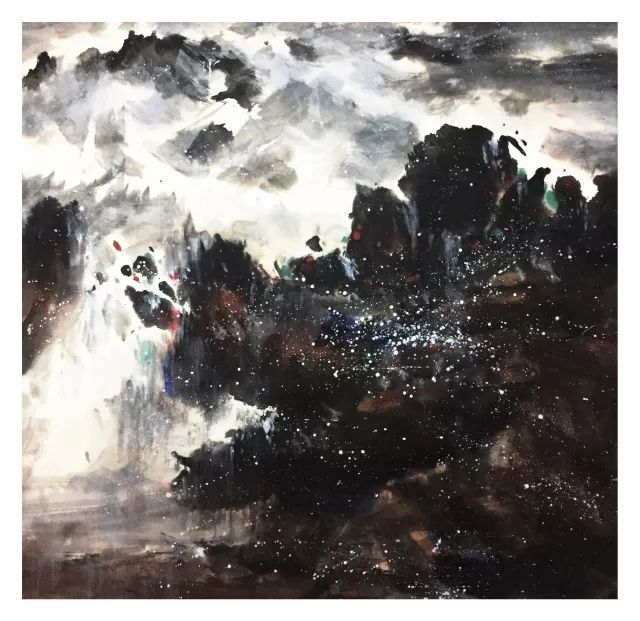
阑干风冷雪漫漫，惆怅无人把钓竿。